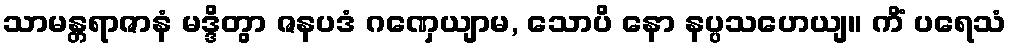
သာမန္တရာဇာနံ မဒ္ဒိတွာ ဇနပဒံ ဂဏှေယျာမ, သောပိ နော နပ္ပသဟေယျ။ ကိံ ပရေသံ